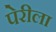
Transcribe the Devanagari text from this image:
पेरीला